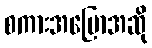
စကားအပြောအဆို